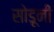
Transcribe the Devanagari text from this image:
सोडूनी